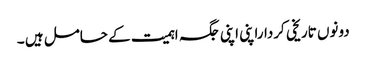
دونوں تاریخی کرداراپنی اپنی جگہ اہمیت کے حامل ہیں ۔